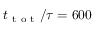
t _ { \mathrm { ~ t ~ o ~ t ~ } } / \tau = 6 0 0